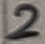
Text: 2